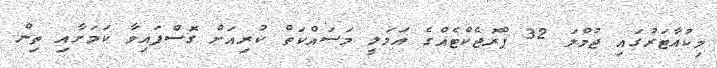
މިކުއާޓަރުގައި ޖުމްލަ 32 ޕްރޮޖެކްޓެއްގެ އަމަލީ މަސައްކަތް ކުރިއަށް ގޮސްފައިވާ ކަމަށާއި ތިން